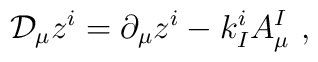
\mathcal{D}_\mu z^i = \partial_\mu z^i - k_I^i A_\mu^I\ ,